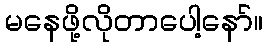
မနေဖို့လိုတာပေါ့နော်။